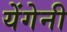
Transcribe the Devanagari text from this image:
येंगेनी